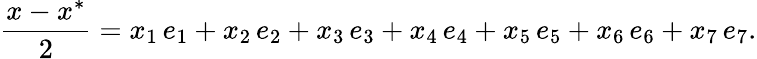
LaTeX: {\frac{x-x^{*}}{2}}=x_{1}\, e_{1}+x_{2}\, e_{2}+x_{3}\, e_{3}+x_{4}\, e_{4}+x_{5}\, e_{5}+x_{6}\, e_{6}+x_{7}\, e_{7}.